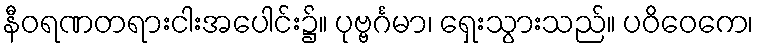
နီဝရဏတရားငါးအပေါင်း၌။ ပုဗ္ဗင်္ဂမာ၊ ရှေးသွားသည်။ ပဝိဝေကေ၊